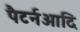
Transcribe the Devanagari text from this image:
पैटर्नआदि